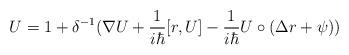
LaTeX: \begin{align*}U=1+\delta ^{-1}(\nabla U+\frac 1{i\hbar }[r,U]-\frac 1{i\hbar }U\circ(\Delta r+\psi )) \end{align*}